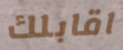
اقابلك